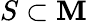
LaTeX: S\subset\mathbf{M}